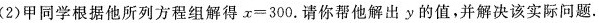
（2）甲同学根据他所列方程组解得$$x = 3 0 0$$.请你帮他解出y的值并解决该实际问题.